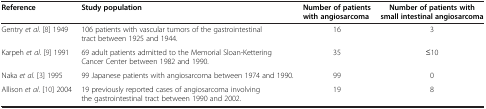
<table><thead><tr><td><b>Reference</b></td><td><b>Study population</b></td><td><b>Number of patients with angiosarcoma</b></td><td><b>Number of patients with small intestinal angiosarcoma</b></td></tr></thead><tbody><tr><td>Gentry <i>et al</i>. [8] 1949</td><td>106 patients with vascular tumors of the gastrointestinal tract between 1925 and 1944.</td><td>16</td><td>3</td></tr><tr><td>Karpeh <i>et al</i>. [9] 1991</td><td>69 adult patients admitted to the Memorial Sloan-Kettering Cancer Center between 1982 and 1990.</td><td>35</td><td>≤10</td></tr><tr><td>Naka <i>et al</i>. [3] 1995</td><td>99 Japanese patients with angiosarcoma between 1974 and 1990.</td><td>99</td><td>0</td></tr><tr><td>Allison <i>et al</i>. [10] 2004</td><td>19 previously reported cases of angiosarcoma involving the gastrointestinal tract between 1990 and 2002.</td><td>19</td><td>8</td></tr></tbody></table>